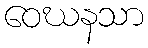
ဝေဃနသာ